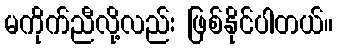
မကိုက်ညီလို့လည်း ဖြစ်နိုင်ပါတယ်။